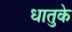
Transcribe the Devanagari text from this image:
धातुके